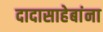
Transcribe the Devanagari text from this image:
दादासाहेबांना